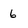
Character: 6